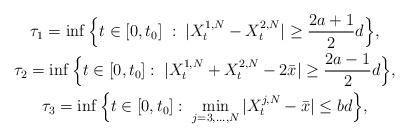
LaTeX: \begin{gather*}\tau_1=\inf\Big\{t\in [0,t_0]\; : \;|X^{1,N}_t-X^{2,N}_t|\geq \frac{2a+1}2d \Big\}, \\\tau_2=\inf\Big\{t\in [0,t_0] : \;|X^{1,N}_t+X^{2,N}_t - 2 \bar x| \geq \frac{2a-1}2d \Big\},\\\tau_3=\inf\Big\{t\in [0,t_0] : \;\min_{j=3,\dots,N}|X^{j,N}_t-\bar x| \leq bd\Big\},\end{gather*}